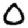
Digit: 0